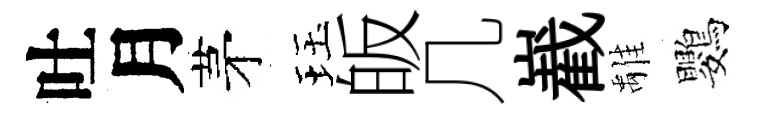
吐月茅珏皈几嶻𩀌鸚